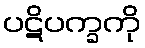
ပဋိပက္ခကို